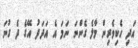
އަދި ހެކިވެރިން މާލެ ގެންނަ ނަމަ އެ އަދަދު އޭގެ ދެ ގުނަ